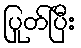
ပြုတ်ပြီး